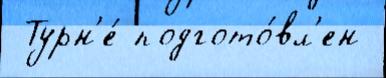
 Турн'е́ подгото́вл'ен